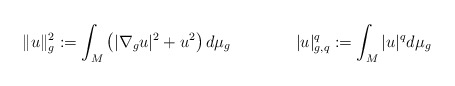
\begin{align*}\Vert u\Vert_{g}^{2}:=\int_{M}\left( |\nabla_{g}u|^{2}+u^{2}\right) d\mu_{g}\qquad\qquad|u|_{g,q}^{q}:=\int_{M}|u|^{q}d\mu_{g}\end{align*}